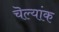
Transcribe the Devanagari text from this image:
चॆल्यांक